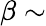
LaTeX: \beta\sim